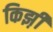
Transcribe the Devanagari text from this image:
किझ़ी